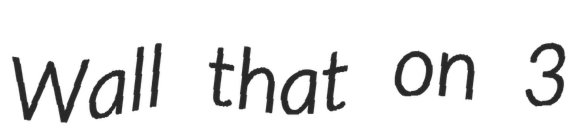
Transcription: Wall that on 3